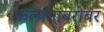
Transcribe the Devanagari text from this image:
कल्पनांबरोबर